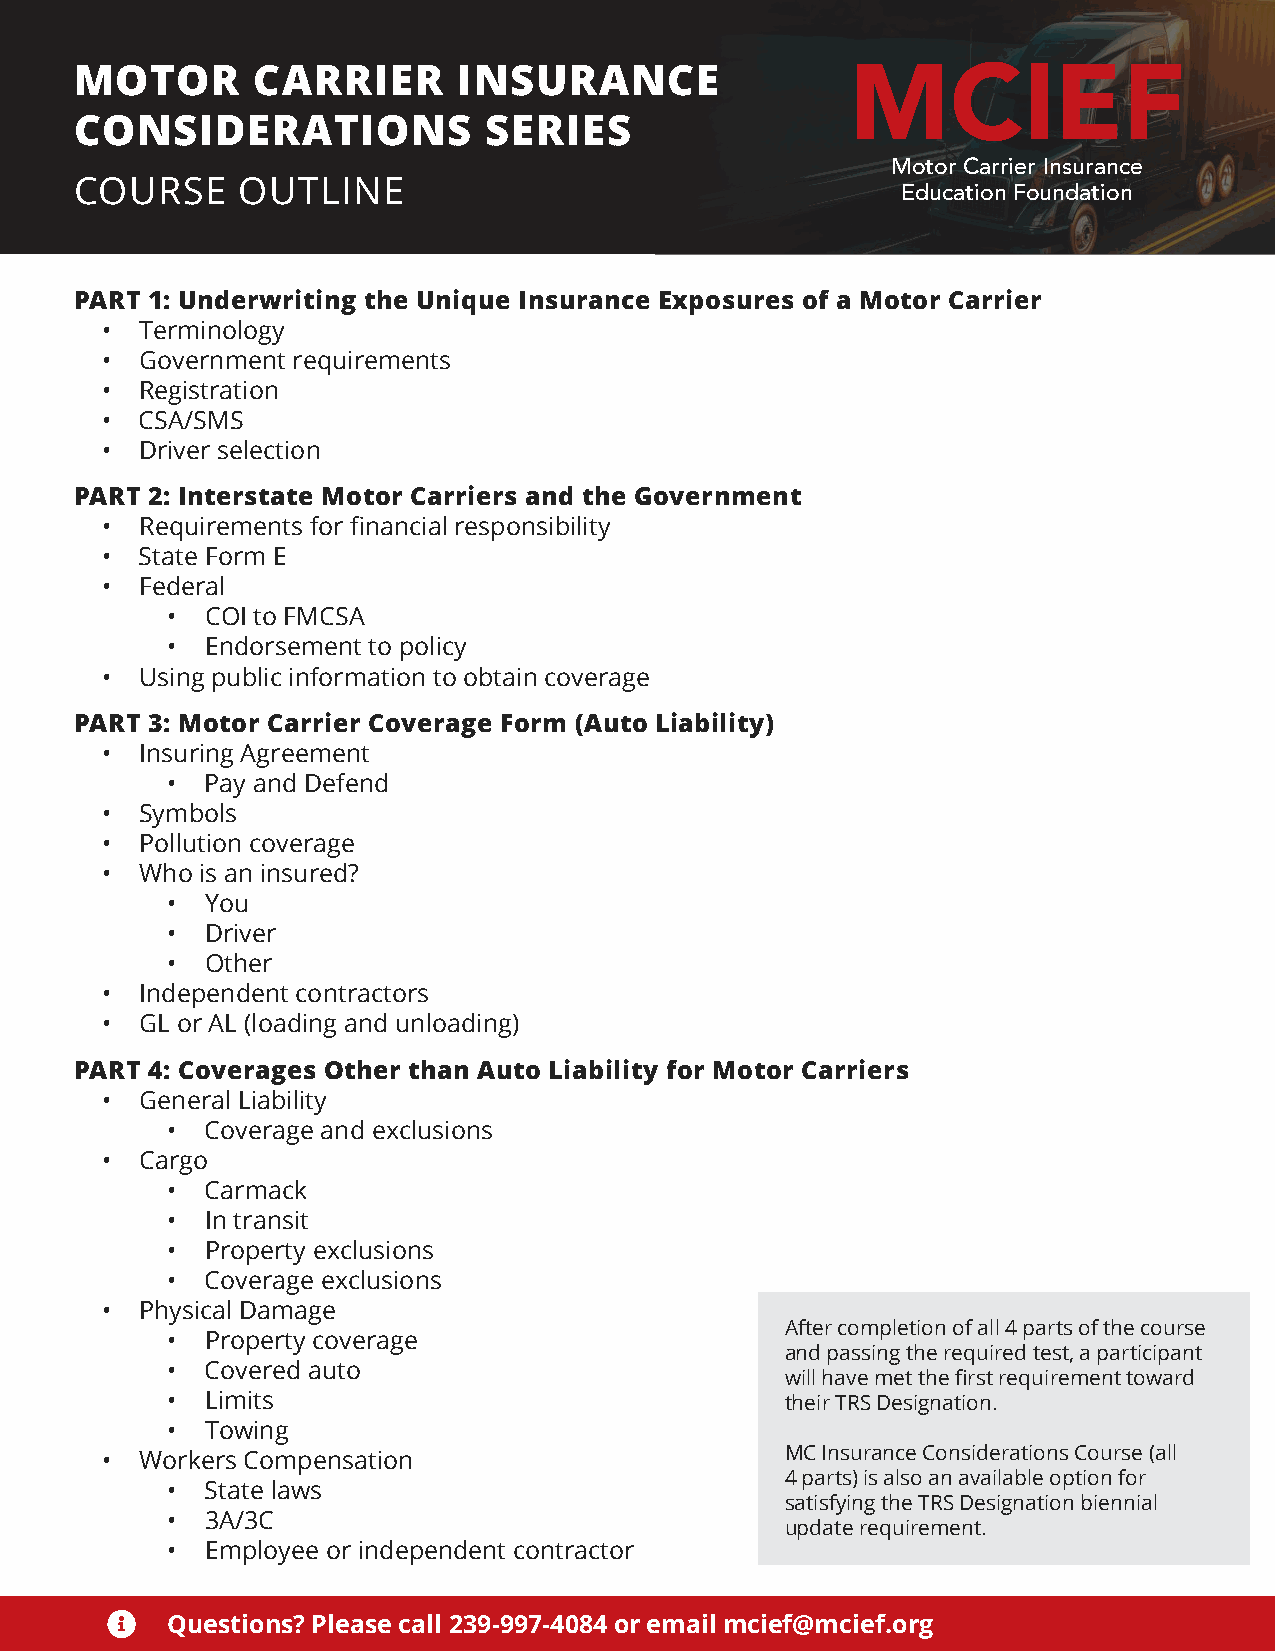
MCIEF
 MOTOR       CARRIER      INSURANCE
 CONSIDERATIONS             SERIES
 Motor Carrier Insurance
 COURSE     OUTLINE                                     Education Foundation
 PART 1: Underwriting the Unique Insurance Exposures of a Motor Carrier
 • Terminology
 • Government requirements
 • Registration
 • CSA/SMS
 • Driver selection
 PART 2: Interstate Motor Carriers and the Government
 • Requirements for financial responsibility
 • State Form E
 • Federal
 •  COI to FMCSA
 •  Endorsement to policy
 • Using public information to obtain coverage
 PART 3: Motor Carrier Coverage Form (Auto Liability)
 • Insuring Agreement
 •  Pay and Defend
 • Symbols
 • Pollution coverage
 • Who is an insured?
 •  You
 •  Driver
 •  Other
 • Independent contractors
 • GL or AL (loading and unloading)
 PART 4: Coverages Other than Auto Liability for Motor Carriers
 • General Liability
 •  Coverage and exclusions
 • Cargo
 •  Carmack
 •  In transit
 •  Property exclusions
 •  Coverage exclusions
 • Physical Damage
 After completion of all 4 parts of the course
 •  Property coverage
 and passing the required test, a participant
 •  Covered auto
 will have met the first requirement toward
 •  Limits                                their TRS Designation.
 •  Towing
 • Workers Compensation                       MC Insurance Considerations Course (all
 4 parts) is also an available option for
 •  State laws
 satisfying the TRS Designation biennial
 •  3A/3C
 update requirement.
 •  Employee or independent contractor
    Questions? Please call 239-997-4084 or email mcief@mcief.org